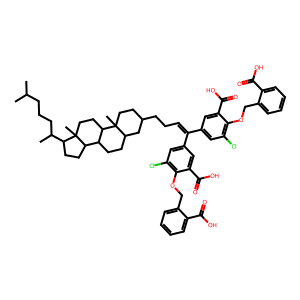
SMILES: CC(C)CCCC(C)C1CCC2C3CCC4CC(CCC=C(c5cc(Cl)c(OCc6ccccc6C(=O)O)c(C(=O)O)c5)c5cc(Cl)c(OCc6ccccc6C(=O)O)c(C(=O)O)c5)CCC4(C)C3CCC12C
Inhibits HIV replication: Yes